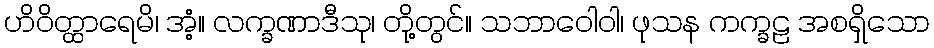
ဟိဝိတ္ထာရေမိ၊ အံ့။ လက္ခဏာဒီသု၊ တို့တွင်။ သဘာဝေါဝါ၊ ဖုသန ကက္ခဠ အစရှိသော